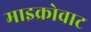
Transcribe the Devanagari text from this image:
माइक्रोवाट